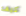
كيف